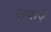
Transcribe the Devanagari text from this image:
जवाढ़